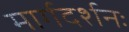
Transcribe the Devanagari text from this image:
मार्गदर्शनः